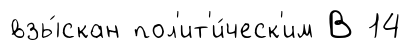
взы́скан пол'ит'и́ческ'им В 14